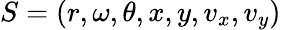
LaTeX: S=(r,\omega,\theta,x,y,v_{x},v_{y})